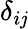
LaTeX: \delta_{i\mathit{j}}